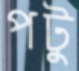
পটু